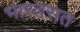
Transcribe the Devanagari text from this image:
भारतरात